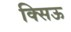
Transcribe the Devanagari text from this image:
क्सिऊ